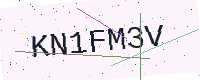
Text: KN1FM3V